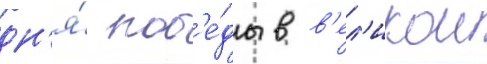
дн'я́ поб'е́ды в в'ел'икои